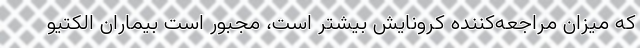
که میزان مراجعه‌کننده کرونایش بیشتر است، مجبور است بیماران الکتیو